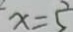
x = 5